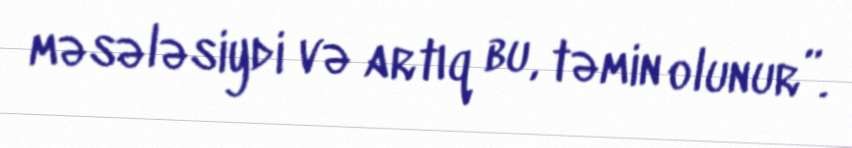
məsələsiydi və artıq bu, təmin olunur”.